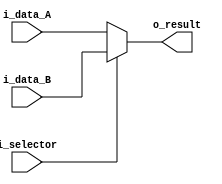
`timescale 1ns / 1ps

//////////////////////////////////////////////////////////////////////////////////////////////////
// Trabajo Practico Nro. 4. MIPS.
// Mux general.
// Integrantes: Kleiner Matias, Lopez Gaston.
// Materia: Arquitectura de Computadoras.
// FCEFyN. UNC.
// Anio 2019.
//////////////////////////////////////////////////////////////////////////////////////////////////


module mux
   #(
       parameter INPUT_OUTPUT_LENGTH = 11
   )
   (
       input [INPUT_OUTPUT_LENGTH - 1 : 0] i_data_A,
       input [INPUT_OUTPUT_LENGTH - 1 : 0] i_data_B,
       input i_selector,
       output [INPUT_OUTPUT_LENGTH - 1 : 0] o_result     
   );

  assign o_result = (i_selector) ? i_data_B : i_data_A;

endmodule